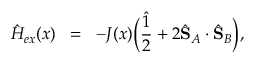
{ \hat { H } } _ { e x } ( x ) \; \; = \; \; - J ( x ) \Big ( \frac { \hat { 1 } } { 2 } + 2 \hat { \mathbf { S } } _ { A } \cdot \hat { \mathbf { S } } _ { B } \Big ) ,